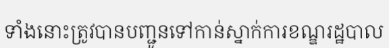
ទាំងនោះត្រូវបានបញ្ជូនទៅកាន់ស្នាក់ការខណ្ឌរដ្ឋបាល